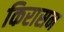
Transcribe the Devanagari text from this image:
किरासन